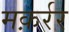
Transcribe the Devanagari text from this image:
मक़र्रर